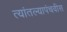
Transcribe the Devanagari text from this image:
त्यांतल्यापंचवीस